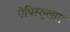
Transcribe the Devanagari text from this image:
ऐपिस्तुलाए